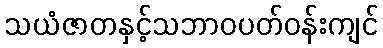
သယံဇာတနှင့်သဘာဝပတ်ဝန်းကျင်